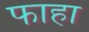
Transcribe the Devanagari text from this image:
फाहा